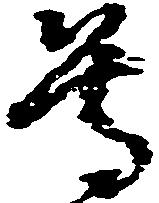
尊